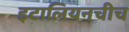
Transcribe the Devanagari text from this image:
इटालियनचीच